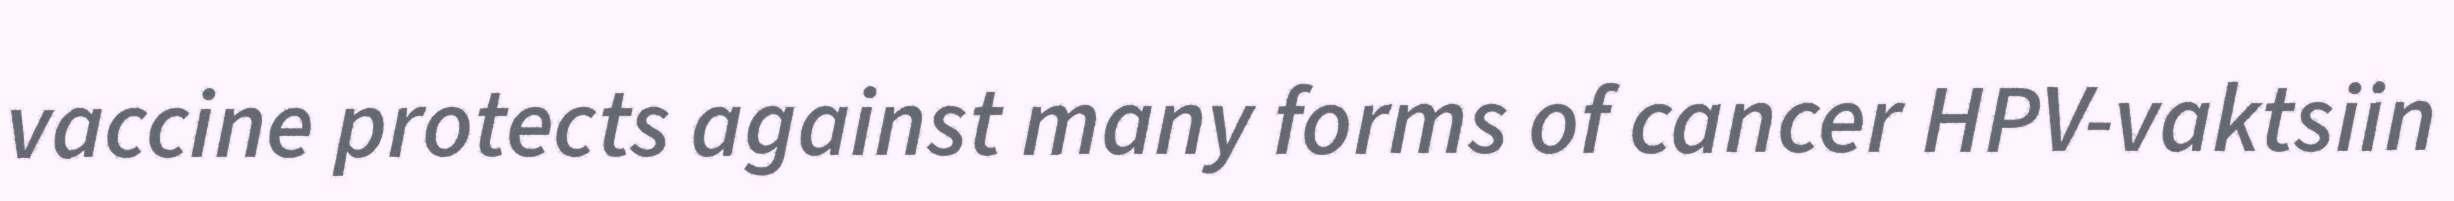
vaccine protects against many forms of cancer HPV-vaktsiin